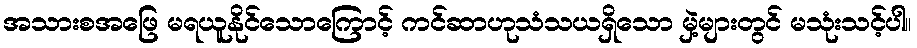
အသားစအဖြေ မရယူနိုင်သောကြောင့် ကင်ဆာဟုသံသယရှိသော မှဲ့များတွင် မသုံးသင့်ပါ။